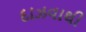
દાઝવાથી